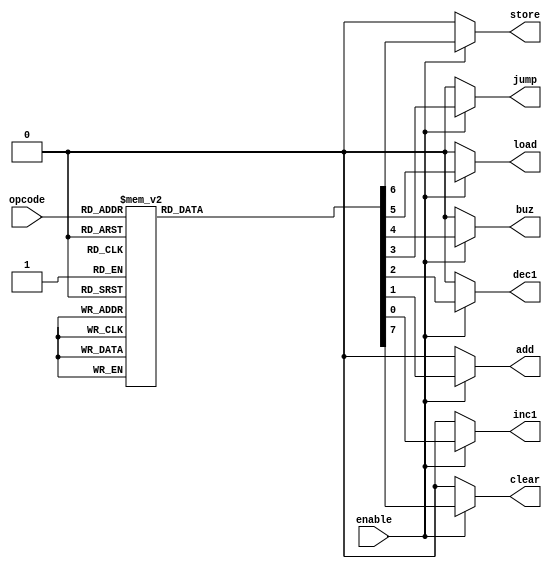
`timescale 1ns / 1ps

module instruction_decoder(
    input wire [2:0] opcode,
    input wire enable,
    output reg clear, inc1, add, dec1, jump, buz, load, store
);

always @(*) begin
    clear = 1'b0;
    inc1 = 1'b0;
    add = 1'b0;
    dec1 = 1'b0;
    jump = 1'b0;
    buz = 1'b0;
    load = 1'b0;
    store = 1'b0;

    if (enable) begin
        case (opcode)
            3'b000: clear = 1'b1;
            3'b001: inc1 = 1'b1;
            3'b010: add = 1'b1;
            3'b011: dec1 = 1'b1;
            3'b100: jump = 1'b1;
            3'b101: buz = 1'b1;
            3'b110: load = 1'b1;
            3'b111: store = 1'b1;
        endcase
    end
end

endmodule